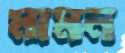
মামন